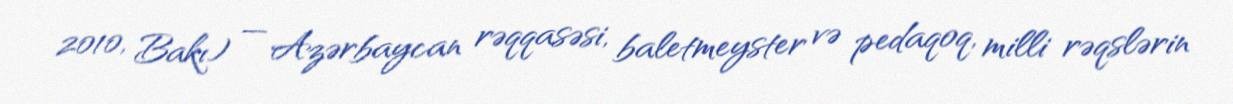
2010, Bakı) — Azərbaycan rəqqasəsi, baletmeyster və pedaqoq, milli rəqslərin